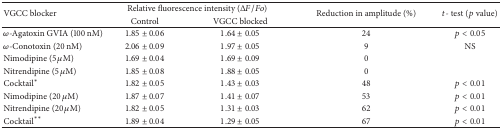
<table><thead><tr><td rowspan="2"><b>VGCC blocker</b></td><td colspan="2"><b>Relative fluorescence intensity (Δ<i>F</i>/<i>Fo</i>)</b></td><td rowspan="2"><b>Reduction in amplitude (%)</b></td><td rowspan="2"><b><i>t</i>- test (<i>p</i> value)</b></td></tr><tr><td><b>Control</b></td><td><b>VGCC blocked</b></td></tr></thead><tbody><tr><td><i>ω</i>-Agatoxin GVIA (100 nM)</td><td>1.85 ± 0.06</td><td>1.64 ± 0.05</td><td>24</td><td><i>p</i> &lt; 0.05</td></tr><tr><td><i>ω</i>-Conotoxin (20 nM)</td><td>2.06 ± 0.09</td><td>1.97 ± 0.05</td><td>9</td><td>NS</td></tr><tr><td>Nimodipine (5 <i>μ</i>M)</td><td>1.69 ± 0.04</td><td>1.69 ± 0.09</td><td>0</td><td> </td></tr><tr><td>Nitrendipine (5 <i>μ</i>M)</td><td>1.85 ± 0.08</td><td>1.88 ± 0.05</td><td>0</td><td> </td></tr><tr><td>Cocktail<sup><i>∗</i></sup></td><td>1.82 ± 0.05</td><td>1.43 ± 0.03</td><td>48</td><td><i>p</i> &lt; 0.01</td></tr><tr><td>Nimodipine (20 <i>μ</i>M)</td><td>1.87 ± 0.07</td><td>1.41 ± 0.07</td><td>53</td><td><i>p</i> &lt; 0.01</td></tr><tr><td>Nitrendipine (20 <i>μ</i>M)</td><td>1.82 ± 0.05</td><td>1.31 ± 0.03</td><td>62</td><td><i>p</i> &lt; 0.01</td></tr><tr><td>Cocktail<sup><i>∗∗</i></sup></td><td>1.89 ± 0.04</td><td>1.29 ± 0.05</td><td>67</td><td><i>p</i> &lt; 0.01</td></tr></tbody></table>